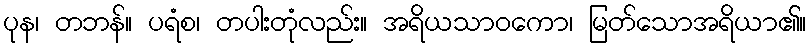
ပုန၊ တဘန်။ ပရံစ၊ တပါးတုံလည်း။ အရိယသာဝကော၊ မြတ်သောအရိယာ၏။